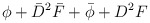
\begin{align*}\phi + \bar{D}^2 \bar{F} + \bar{\phi} + D^2 F\end{align*}